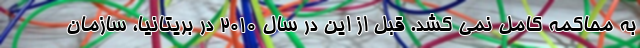
به محاکمه کامل نمی کشد. قبل از این در سال 2010 در بریتانیا، سازمان